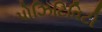
પોઝિટિવિટી